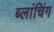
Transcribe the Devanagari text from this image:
ब्लांचिंग